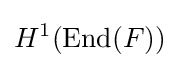
H^{1}(\operatorname {End} (F))